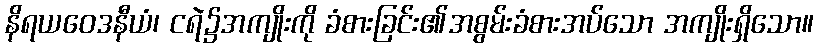
နိရယဝေဒနီယံ၊ ငရဲ၌အကျိုးကို ခံစားခြင်း၏အစွမ်းခံစားအပ်သော အကျိုးရှိသော။